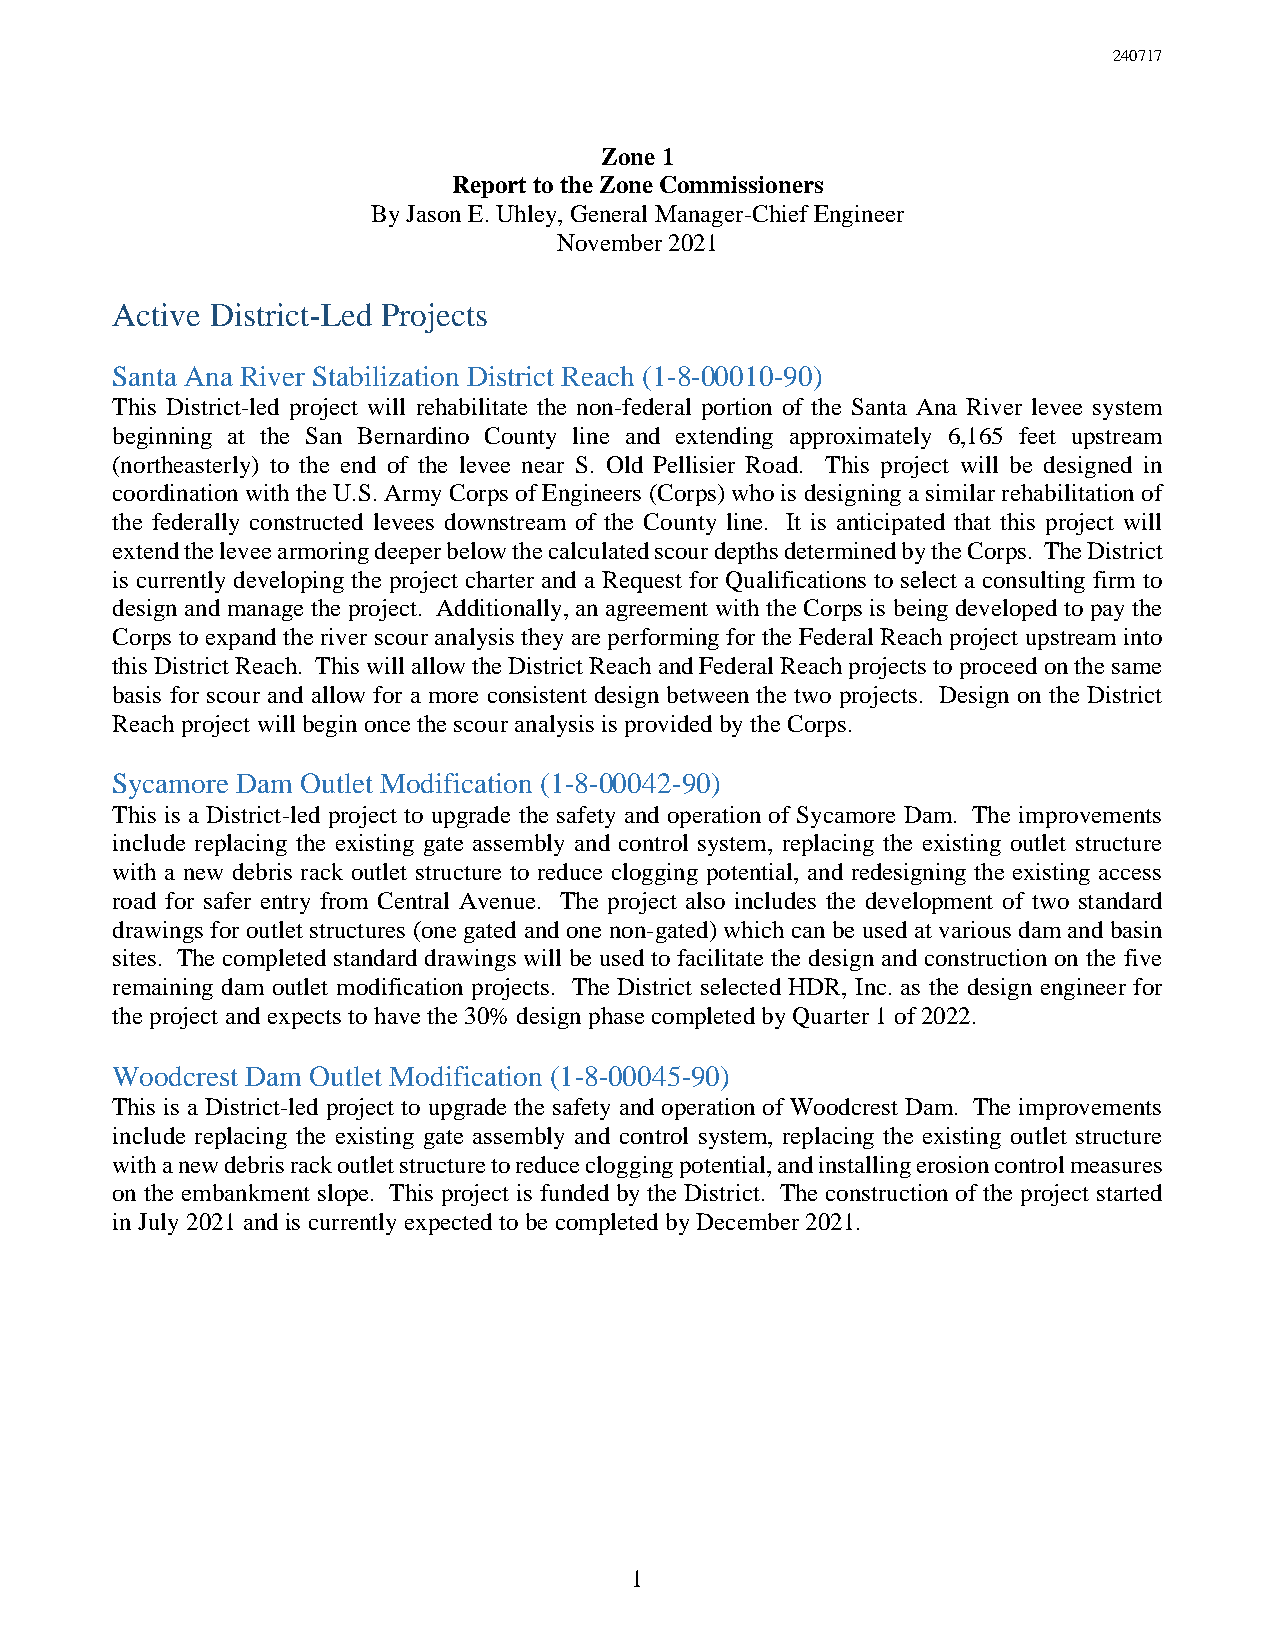
240717
 Zone 1
 Report to the Zone Commissioners
 By Jason E. Uhley, General Manager-Chief Engineer
 November 2021
 Active District-Led Projects
 Santa Ana River Stabilization District Reach (1-8-00010-90)
 This District-led project will rehabilitate the non-federal portion of the Santa Ana River levee system
 beginning at the San Bernardino County line and extending approximately 6,165 feet upstream
 (northeasterly) to the end of the levee near S. Old Pellisier Road. This project will be designed in
 coordination with the U.S. Army Corps of Engineers (Corps) who is designing a similar rehabilitation of
 the federally constructed levees downstream of the County line. It is anticipated that this project will
 extend the levee armoring deeper below the calculated scour depths determined by the Corps. The District
 is currently developing the project charter and a Request for Qualifications to select a consulting firm to
 design and manage the project. Additionally, an agreement with the Corps is being developed to pay the
 Corps to expand the river scour analysis they are performing for the Federal Reach project upstream into
 this District Reach. This will allow the District Reach and Federal Reach projects to proceed on the same
 basis for scour and allow for a more consistent design between the two projects. Design on the District
 Reach project will begin once the scour analysis is provided by the Corps.
 Sycamore Dam Outlet Modification (1-8-00042-90)
 This is a District-led project to upgrade the safety and operation of Sycamore Dam. The improvements
 include replacing the existing gate assembly and control system, replacing the existing outlet structure
 with a new debris rack outlet structure to reduce clogging potential, and redesigning the existing access
 road for safer entry from Central Avenue. The project also includes the development of two standard
 drawings for outlet structures (one gated and one non-gated) which can be used at various dam and basin
 sites. The completed standard drawings will be used to facilitate the design and construction on the five
 remaining dam outlet modification projects. The District selected HDR, Inc. as the design engineer for
 the project and expects to have the 30% design phase completed by Quarter 1 of 2022.
 Woodcrest Dam Outlet Modification (1-8-00045-90)
 This is a District-led project to upgrade the safety and operation of Woodcrest Dam. The improvements
 include replacing the existing gate assembly and control system, replacing the existing outlet structure
 with a new debris rack outlet structure to reduce clogging potential, and installing erosion control measures
 on the embankment slope. This project is funded by the District. The construction of the project started
 in July 2021 and is currently expected to be completed by December 2021.
 1